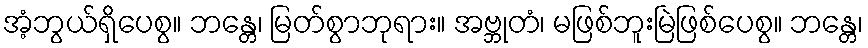
အံ့ဘွယ်ရှိပေစွ။ ဘန္တေ၊ မြတ်စွာဘုရား။ အဗ္ဘုတံ၊ မဖြစ်ဘူးမြဲဖြစ်ပေစွ။ ဘန္တေ၊